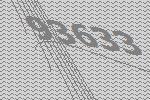
93633